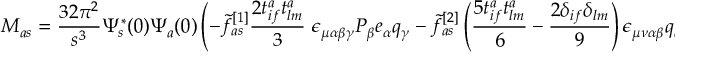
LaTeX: { \cal M } _ { a s } = \frac { 3 2 \pi ^ { 2 } } { s ^ { 3 } } \Psi _ { s } ^ { * } ( 0 ) \Psi _ { a } ( 0 ) \left( - \tilde { f } _ { a s } ^ { [ 1 ] } \frac { 2 t _ { i f } ^ { a } t _ { l m } ^ { a } } { 3 } ~ \epsilon _ { \mu \alpha \beta \gamma } P _ { \beta } e _ { \alpha } q _ { \gamma } - \tilde { f } _ { a s } ^ { [ 2 ] } \left( \frac { 5 t _ { i f } ^ { a } t _ { l m } ^ { a } } { 6 } - \frac { 2 \delta _ { i f } \delta _ { l m } } { 9 } \right) \epsilon _ { \mu \nu \alpha \beta } q _ { \alpha } e _ { \beta } p _ { \nu } \right) l _ { \mu } ,